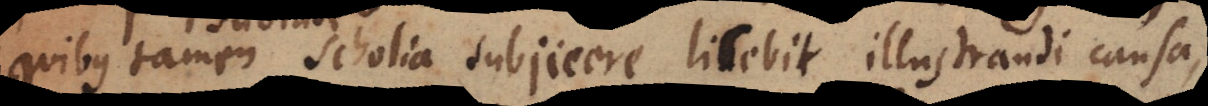
quibus tamen scholia subjicere licebit illustrandi causa,